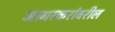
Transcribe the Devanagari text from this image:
आगरकरांवरील